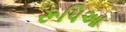
રૂપિઆ